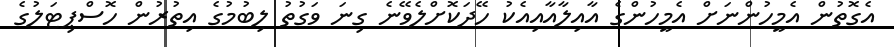
އެގޮތުން އެމީހުންނަށް އެމީހުންގެ އާއިލާއާއިއެކު ހޭދަކޮށްލެވޭނެ ގިނަ ވަގުތު ލިބުމުގެ އިތުރުން ހޮސްޕިޓަލުގެ